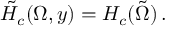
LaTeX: \tilde { H } _ { c } ( \Omega , y ) = H _ { c } ( \tilde { \Omega } ) \, .